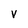
Character: V